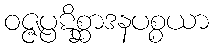
ဝဇ္ဇပ္ပဋိစ္ဆာဒနပစ္စယာ